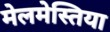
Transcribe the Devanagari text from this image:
मेलमेस्तिया